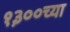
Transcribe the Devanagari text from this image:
१३००च्या